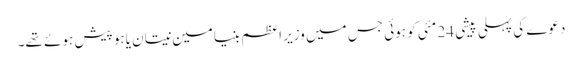
دعوے کی پہلی پیشی 24 مئی کو ہوئی جس میں وزیر اعظم بنیامین نیتان یاہو پیش ہوئے تھے۔